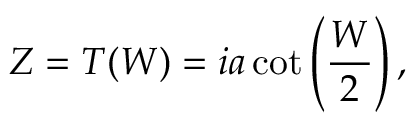
Z = T ( W ) = i a \cot \left( \frac { W } { 2 } \right) ,